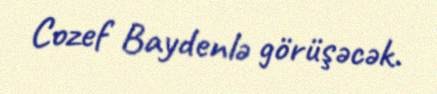
Cozef Baydenlə görüşəcək.